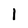
Character: 1